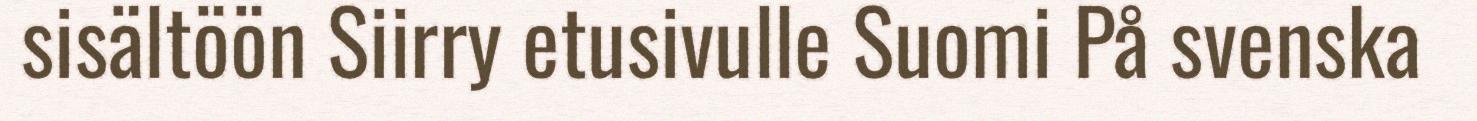
sisältöön Siirry etusivulle Suomi På svenska